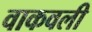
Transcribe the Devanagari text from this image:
वाकवली